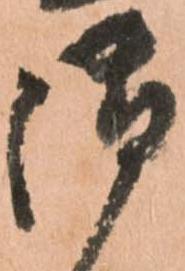
御